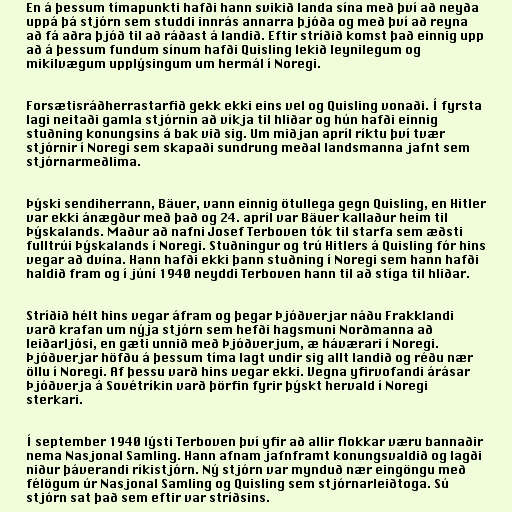
En á þessum tímapunkti hafði hann svikið landa sína með því að neyða
uppá þá stjórn sem studdi innrás annarra þjóða og með því að reyna
að fá aðra þjóð til að ráðast á landið. Eftir stríðið komst það einnig upp
að á þessum fundum sínum hafði Quisling lekið leynilegum og
mikilvægum upplýsingum um hermál í Noregi.

Forsætisráðherrastarfið gekk ekki eins vel og Quisling vonaði. Í fyrsta
lagi neitaði gamla stjórnin að víkja til hliðar og hún hafði einnig
stuðning konungsins á bak við sig. Um miðjan apríl ríktu því tvær
stjórnir í Noregi sem skapaði sundrung meðal landsmanna jafnt sem
stjórnarmeðlima.

Þýski sendiherrann, Bäuer, vann einnig ötullega gegn Quisling, en Hitler
var ekki ánægður með það og 24. apríl var Bäuer kallaður heim til
Þýskalands. Maður að nafni Josef Terboven tók til starfa sem æðsti
fulltrúi Þýskalands í Noregi. Stuðningur og trú Hitlers á Quisling fór hins
vegar að dvína. Hann hafði ekki þann stuðning í Noregi sem hann hafði
haldið fram og í júní 1940 neyddi Terboven hann til að stíga til hliðar.

Stríðið hélt hins vegar áfram og þegar Þjóðverjar náðu Frakklandi
varð krafan um nýja stjórn sem hefði hagsmuni Norðmanna að
leiðarljósi, en gæti unnið með Þjóðverjum, æ háværari í Noregi.
Þjóðverjar höfðu á þessum tíma lagt undir sig allt landið og réðu nær
öllu í Noregi. Af þessu varð hins vegar ekki. Vegna yfirvofandi árásar
Þjóðverja á Sovétríkin varð þörfin fyrir þýskt hervald í Noregi
sterkari.

Í september 1940 lýsti Terboven því yfir að allir flokkar væru bannaðir
nema Nasjonal Samling. Hann afnam jafnframt konungsvaldið og lagði
niður þáverandi ríkistjórn. Ný stjórn var mynduð nær eingöngu með
félögum úr Nasjonal Samling og Quisling sem stjórnarleiðtoga. Sú
stjórn sat það sem eftir var stríðsins.